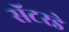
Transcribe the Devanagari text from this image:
सॅटरडे